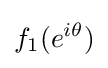
f_{1}(e^{i\theta })